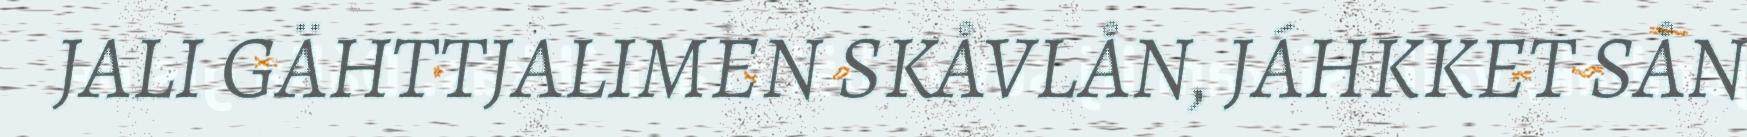
JALI GÄHTTJALIMEN SKÅVLÅN, JÁHKKET SÅN